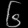
Digit: ၆